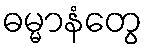
ဓမ္မာနံတွေ